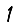
Digit: 1